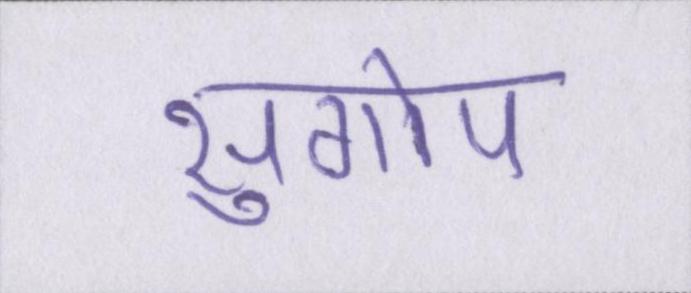
सुगोप